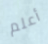
أعلم